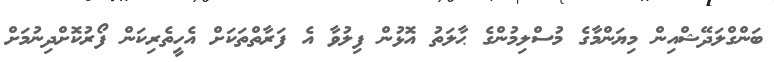
ބަންގްލަދޭޝްއިން މިޔަންމާގެ މުސްލިމުންގެ ޙާލަތު އޮޅުން ފިލުވާ އެ ފަރާތްތަކަށް އެހީތެރިކަން ފޯރުކޮށްދިނުމަށް